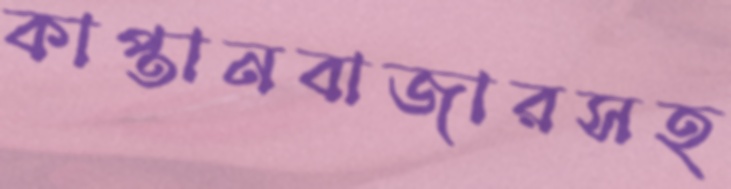
কাপ্তানবাজারসহ